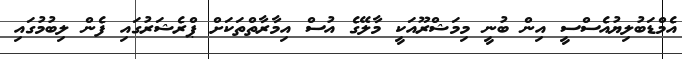
އެމްޑަބުލިޔުއެސްސީ އިން ބުނީ މިމަޝްރޫއަކީ މާލޭގެ އުސް އިމާރާތްތަކަށް ޕްރެޝަރުގައި ފެން ލިބުމުގައި